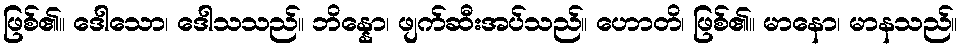
ဖြစ်၏။ ဒေါသော၊ ဒေါသသည်။ ဘိန္နော၊ ဖျက်ဆီးအပ်သည်။ ဟောတိ၊ ဖြစ်၏။ မာနော၊ မာနသည်။